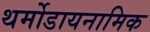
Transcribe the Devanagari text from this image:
थर्मोडायनामिक